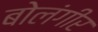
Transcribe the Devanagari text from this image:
बोलंगीर